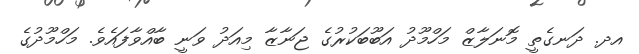
އދ. ދަނގެތީ މޮނަލާޒް މަހްމޫދު އަބޫބަކުރުގެ ޖަނާޒާ މިއަދު ވަނީ ބާއްވާފައެވެ. މަހްމޫދުގެ